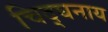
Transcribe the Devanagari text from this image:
चिद्घनाय